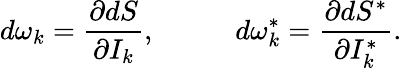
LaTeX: d\omega_{k}=\frac{\partial dS}{\partial I_{k}},\; \; \; \; \; \; \; \; \; \; d\omega_{k}^{*}=\frac{\partial dS^{*}}{\partial I_{k}^{*}}.